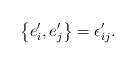
LaTeX: \begin{align*}\left\{e'_i,e'_j\right\}=\epsilon'_{ij}.\end{align*}